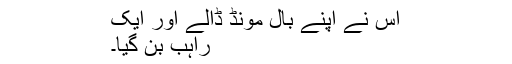
اس نے اپنے بال مونڈ ڈالے اور ایک
راہب بن گیا۔